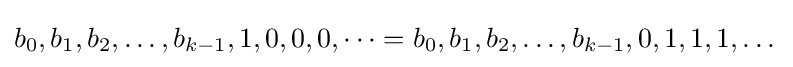
b_{0},b_{1},b_{2},\dots ,b_{k-1},1,0,0,0,\dots =b_{0},b_{1},b_{2},\dots ,b_{k-1},0,1,1,1,\dots